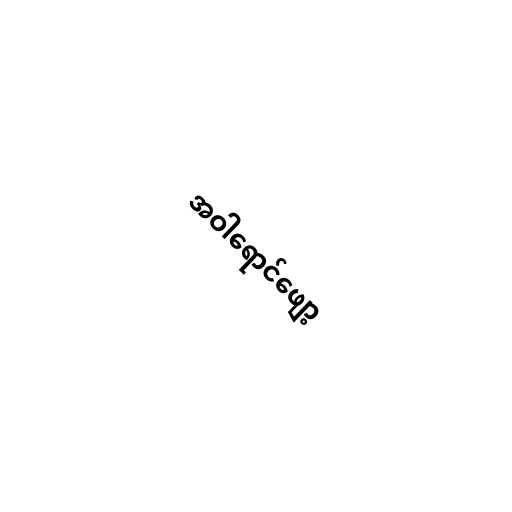
အဝါရောင်ဖျော့